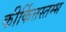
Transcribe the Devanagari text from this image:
कीर्कित्तस्तम्भ